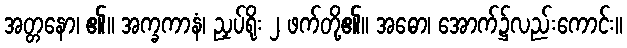
အတ္တနော၊ ၏။ အက္ခကာနံ၊ ညှပ်ရိုး ၂ ဖက်တို့၏။ အဓော၊ အောက်၌လည်းကောင်း။